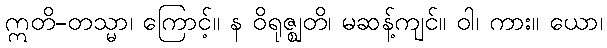
ဣတိ-တသ္မာ၊ ကြောင့်။ န ဝိရုဇ္ဈတိ၊ မဆန့်ကျင်။ ဝါ၊ ကား။ ယော၊